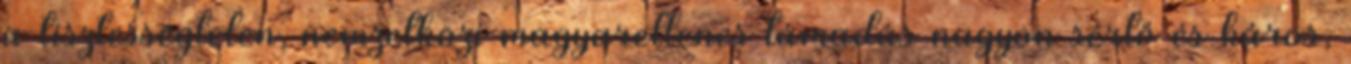
a tisztességtelen, nemzetközi magyarellenes támadás nagyon sértő és káros,